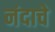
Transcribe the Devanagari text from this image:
नंदाचे